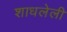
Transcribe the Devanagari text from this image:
शाधलेली